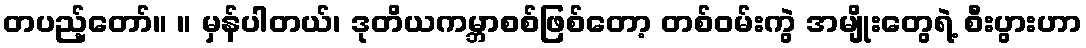
တပည့်တော်။ ။ မှန်ပါတယ်၊ ဒုတိယကမ္ဘာစစ်ဖြစ်တော့ တစ်ဝမ်းကွဲ အမျိုးတွေရဲ့ စီးပွားဟာ